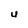
Character: u